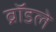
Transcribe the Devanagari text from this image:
ब्रॉडले